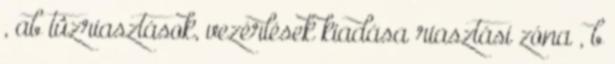
, ab tûzriasztások, vezérlések kiadása riasztási zóna , b